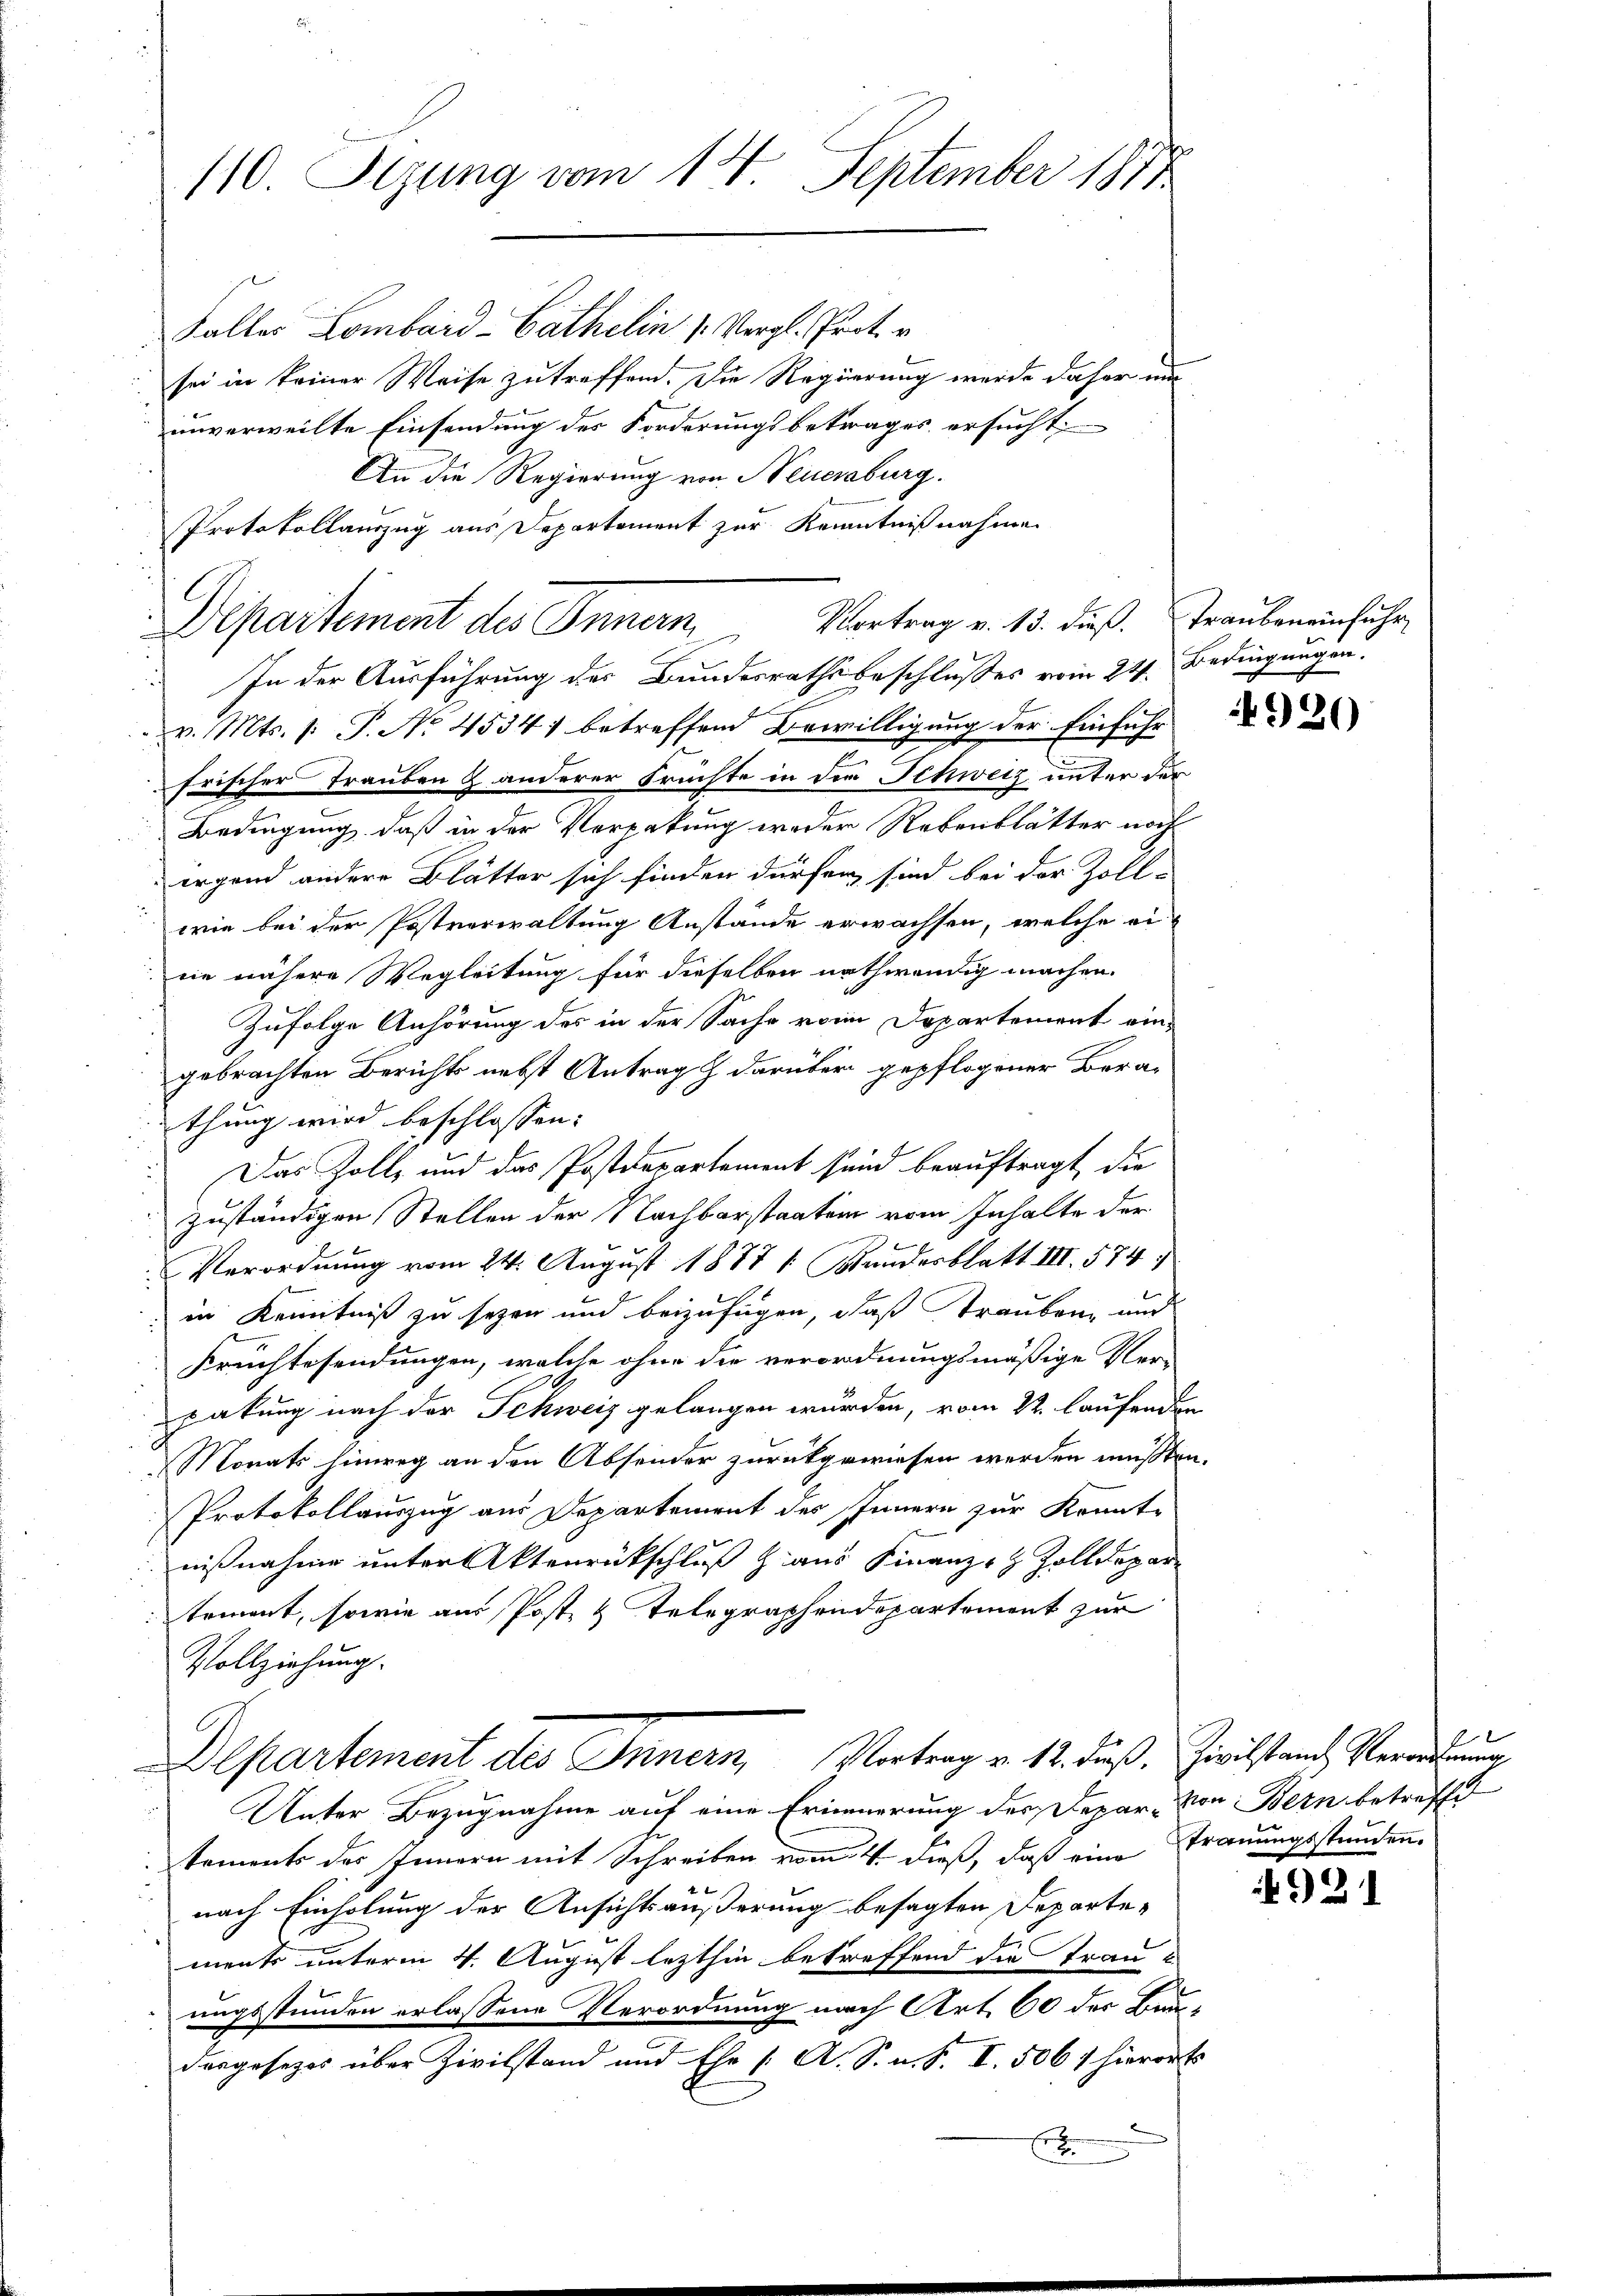
110. Sezung vom 14. September 1877

Vortrag v. 13. dieß. Trauben einfuhr
Departement des Innern

Falter Lombard-Cathelin /: Vergl. Prot.
sei in keiner Weise zutreffend. Die Regierung werde daher um
unverweilte Einsendung des Forderungsbetrages ersucht.
An die Regierung von Neuersburg.
Protokollauszug aus Departement zur Kenntnißnahmen

In der Ausführung des Bundesrathsbeschlusses vom 24. Bedingungen.
v. Mts. 1. P. No 4534) betreffend Bewilligung der Einführ
frischer Trauben & anderer Frachte in der Schweiz unter der
Bedingung, daß in der Verpakung weder Rebenblätter noch
irgend andere Blätter sich finden dürfen, sind bei der Zoll-
wie bei der Postverwaltung Anstände erwachsen, welche ei
nie nähere Wegleitung für dieselben nothwendig machen.
Zufolge Anhörung des in der Sache vom Departement eingebrachten Berichts nebst Antrag & darüber gepflogener Berathung wird beschlossen:
Das Zolle und das Postenpartement sind beauftragt, die
zuständigen Stellen der Nachbarstaaten vom Inhalte der
Verordnung vom 24. August 1887 1: Bundesblatt III 574.
 in Kenntniß zu sezen und beizufügen, daß Trauben und
Fruchtesendungen, welche ohne die verordnungsmäßige Ver-
pakung nach der Schweiz gelangen wurden, vom 22. laufenden
Monats hinweg an den Absender zurückgewiesen werden müssten.
Protokollauszug aus Departement des Innern zur Kennt-
nißnahme unter Aktenrückschluß aus Finanz- & Zolldepar
tement, sowie aus Post & Telegraphendepartement zur
Vollziehung.
Departement des Innern, Vortrag v. 12. dieß. Zivilstand Verordnung
Unter Bezugnahme auf eine Erinnerung des Depar- von Bern betreffe
tements der Innern mit Schreiben vom 4. dieß, daß eine Trauungsstunden.
nach Einholung der Ansichts äußerung besagten Departe¬
u
ments unterm 4. August lezthin betreffend die Trau-
ungsstunden erlassene Verordnung nach Art. 60 der Baudesgesezes über Zivilstand und Ehe [ A. S. u. S. I. 506/ hierorts
n
x

4920